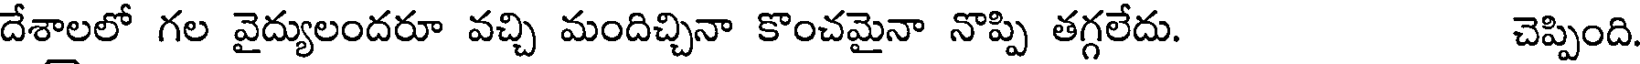
దేశాలలో గల వైద్యులందరూ వచ్చి మందిచ్చినా కొంచమైనా నొప్పి తగ్గలేదు. చెప్పింది.